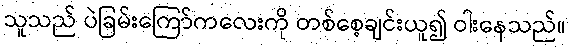
သူသည် ပဲခြမ်းကြော်ကလေးကို တစ်စေ့ချင်းယူ၍ ဝါးနေသည်။